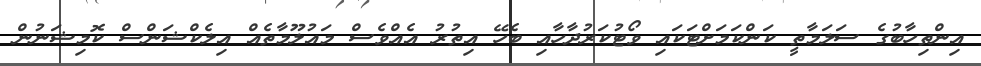
އިންތިހާބުގެ ސަލަމާތީ ކަންކަމަށްޓަކައި ވޯޓުކަރުދާހާއި ބެހޭ އިތުރު އެއްވެސް މައުލޫމާތެއް އިލެކްޝަންސް ކޮމިޝަނުން